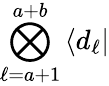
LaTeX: \bigotimes_{\ell=a+1}^{a+b}\mathinner{\langle{d_{\ell}}|}